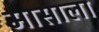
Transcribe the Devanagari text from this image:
मासाला